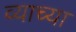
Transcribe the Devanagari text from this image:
व्याच्या